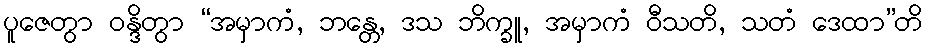
ပူဇေတွာ ဝန္ဒိတွာ “အမှာကံ, ဘန္တေ, ဒသ ဘိက္ခူ, အမှာကံ ဝီသတိ, သတံ ဒေထာ”တိ